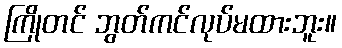
ကြိုတင် ဘွတ်ကင်လုပ်မထားဘူး။